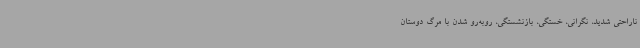
ناراحتی شدید، نگرانی، خستگی، بازنشستگی، روبه‌رو شدن با مرگ دوستان